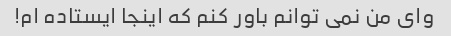
وای من نمی توانم باور کنم که اینجا ایستاده ام!